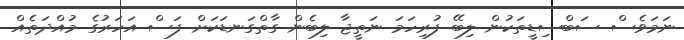
ނަމަވެސް ސަބްސިޑީތަކުން ލިބޭ ފުރިހަމަ ނަތީޖާ ލިބެން ގާތްގަނޑަކަށް ފަސް އަހަރުގެ މުއްދަތެއް